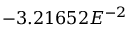
- 3 . 2 1 6 5 2 E ^ { - 2 }